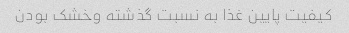
کیفیت پایین غذا به نسبت گذشته وخشک بودن